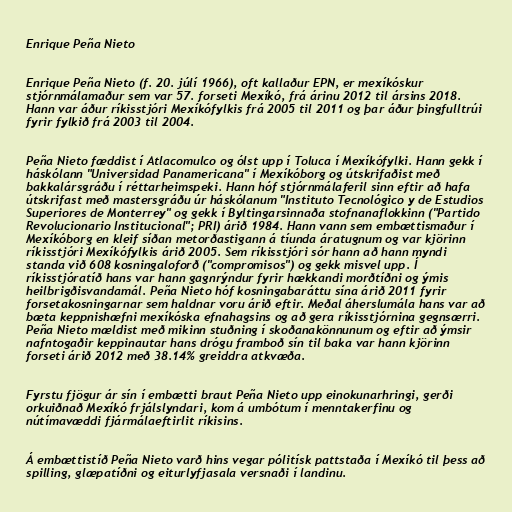
Enrique Peña Nieto

Enrique Peña Nieto (f. 20. júlí 1966), oft kallaður EPN, er mexíkóskur
stjórnmálamaður sem var 57. forseti Mexíkó, frá árinu 2012 til ársins 2018.
Hann var áður ríkisstjóri Mexíkófylkis frá 2005 til 2011 og þar áður þingfulltrúi
fyrir fylkið frá 2003 til 2004.

Peña Nieto fæddist í Atlacomulco og ólst upp í Toluca í Mexíkófylki. Hann gekk í
háskólann "Universidad Panamericana" í Mexíkóborg og útskrifaðist með
bakkalársgráðu í réttarheimspeki. Hann hóf stjórnmálaferil sinn eftir að hafa
útskrifast með mastersgráðu úr háskólanum "Instituto Tecnológico y de Estudios
Superiores de Monterrey" og gekk í Byltingarsinnaða stofnanaflokkinn ("Partido
Revolucionario Institucional"; PRI) árið 1984. Hann vann sem embættismaður í
Mexíkóborg en kleif síðan metorðastigann á tíunda áratugnum og var kjörinn
ríkisstjóri Mexíkófylkis árið 2005. Sem ríkisstjóri sór hann að hann myndi
standa við 608 kosningaloforð ("compromisos") og gekk misvel upp. Í
ríkisstjóratíð hans var hann gagnrýndur fyrir hækkandi morðtíðni og ýmis
heilbrigðisvandamál. Peña Nieto hóf kosningabaráttu sína árið 2011 fyrir
forsetakosningarnar sem haldnar voru árið eftir. Meðal áherslumála hans var að
bæta keppnishæfni mexíkóska efnahagsins og að gera ríkisstjórnina gegnsærri.
Peña Nieto mældist með mikinn stuðning í skoðanakönnunum og eftir að ýmsir
nafntogaðir keppinautar hans drógu framboð sín til baka var hann kjörinn
forseti árið 2012 með 38.14% greiddra atkvæða.

Fyrstu fjögur ár sín í embætti braut Peña Nieto upp einokunarhringi, gerði
orkuiðnað Mexíkó frjálslyndari, kom á umbótum í menntakerfinu og
nútímavæddi fjármálaeftirlit ríkisins.

Á embættistíð Peña Nieto varð hins vegar pólitísk pattstaða í Mexíkó til þess að
spilling, glæpatíðni og eiturlyfjasala versnaði í landinu.